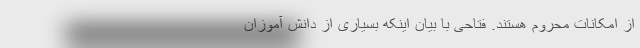
از امکانات محروم هستند. فتاحی با بیان اینکه بسیاری از دانش آموزان